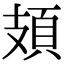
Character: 頍